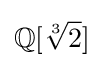
\mathbb {Q} [{\sqrt[{3}]{2}}]